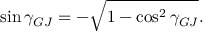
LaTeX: \sin \gamma _ { G J } = - \sqrt { 1 - \cos ^ { 2 } \gamma _ { G J } } .